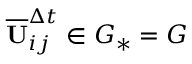
\overline { { \mathbf { U } } } _ { i j } ^ { \Delta t } \in G _ { * } = G